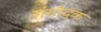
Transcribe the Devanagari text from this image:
गंगोदक